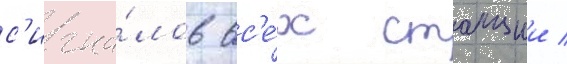
с'игна́лов вс'е́х станции /